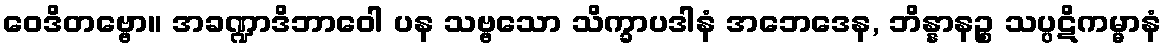
ဝေဒိတဗ္ဗော။ အခဏ္ဍာဒိဘာဝေါ ပန သဗ္ဗသော သိက္ခာပဒါနံ အဘေဒေန, ဘိန္နာနဉ္စ သပ္ပဋိကမ္မာနံ